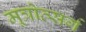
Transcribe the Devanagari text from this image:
मूत्रोत्सर्ग